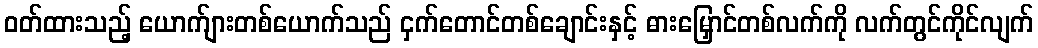
ဝတ်ထားသည့် ယောက်ျားတစ်ယောက်သည် ငှက်တောင်တစ်ချောင်းနှင့် ဓားမြှောင်တစ်လက်ကို လက်တွင်ကိုင်လျက်